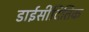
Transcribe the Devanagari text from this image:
डाईसीदितिक